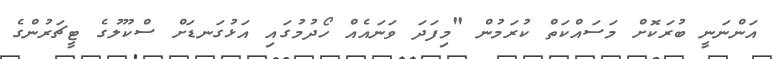
އަންނަނީ ބުރަކޮށް މަަސައްކަތް ކުރަމުން "މިފަދަ ވަނައެއް ހޯދުމުގައި އަޅުގަނޑަށް ސްކޫލުގެ ޓީޗަރުންގެ